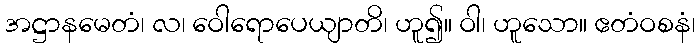
အဋ္ဌာနမေတံ၊ လ၊ ဝေါရောပေယျာတိ၊ ဟူ၍။ ဝါ၊ ဟူသော။ ဧတံဝစနံ၊